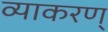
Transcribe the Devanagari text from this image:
व्याकरण्